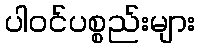
ပါဝင်ပစ္စည်းများ